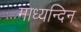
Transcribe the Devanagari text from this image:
माध्‍यन्‍दिन